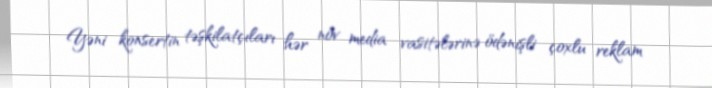
Yəni konsertin təşkilatçıları hər növ media vasitələrinə ödənişli çoxlu reklam